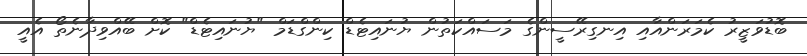
ބޮޑުވަޒީރު ކެމަރަންއާއި އިނގިރޭސީންގެ މަސައްކަތުން ޔުނައިޓެޑް ކިންގްޑަމް "ޔުނައިޓެޑް" ކޮށް ބޭއްވިދާނެތޯ އެއީ